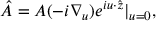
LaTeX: \hat { A } = A ( - i \nabla _ { u } ) e ^ { i u \cdot \hat { z } } | _ { u = 0 } ,